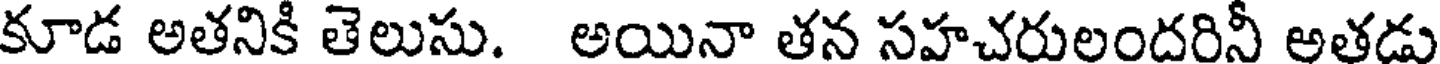
కూడ అతనికి తెలుసు. అయినా తన సహచరులందరినీ అతడు